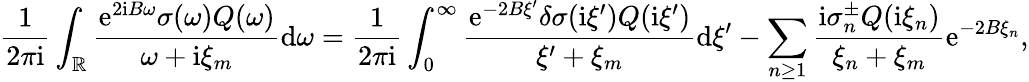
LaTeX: \frac{1}{2\pi\mathrm{i}}\int_{\mathbb{R}}\frac{\mathrm{e}^{2\mathrm{i}B\omega}\sigma(\omega)Q(\omega)}{\omega+\mathrm{i}\xi_{m}}\mathrm{d}\omega=\frac{1}{2\pi\mathrm{i}}\int_{0}^{\infty}\frac{\mathrm{e}^{-2B\xi^{\prime}}\delta\sigma(\mathrm{i}\xi^{\prime})Q(\mathrm{i}\xi^{\prime})}{\xi^{\prime}+\xi_{m}}\mathrm{d}\xi^{\prime}-\sum_{n\ge 1}\frac{\mathrm{i}\sigma_{n}^{\pm}Q(\mathrm{i}\xi_{n})}{\xi_{n}+\xi_{m}}\mathrm{e}^{-2B\xi_{n}},